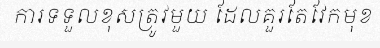
ការទទួលខុសត្រូវមួយ ដែលគួរតែវែកមុខ